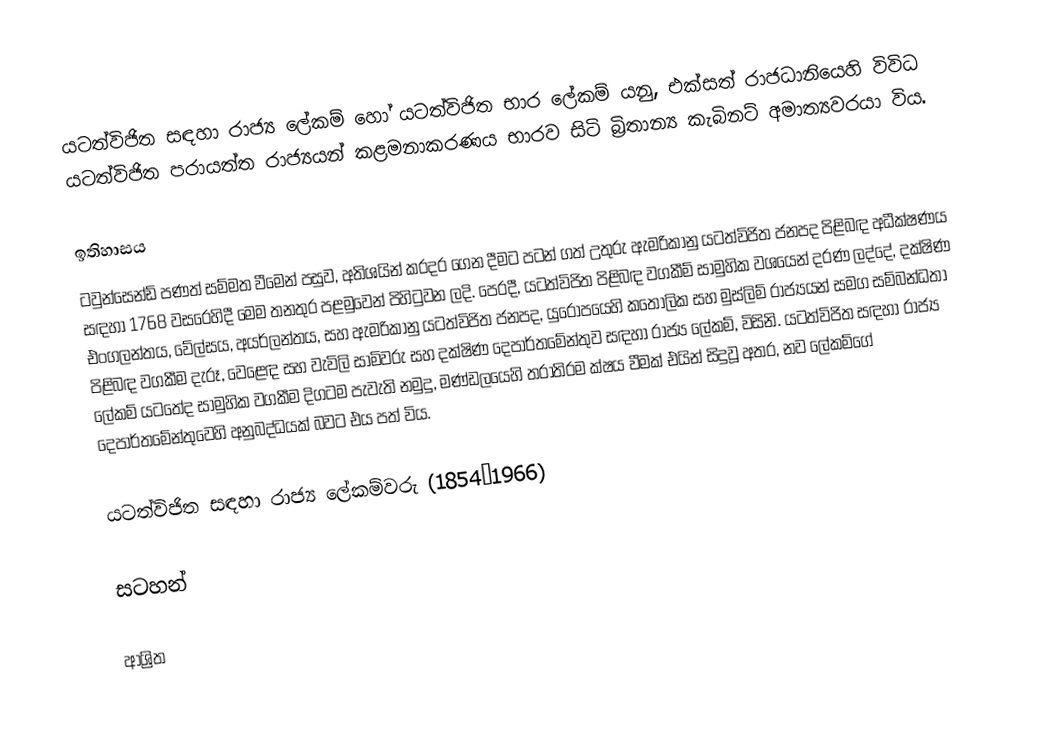
යටත්විජිත සඳහා රාජ්‍ය ලේකම් හෝ  යටත්විජිත භාර ලේකම් යනු,  එක්සත් රාජධානියෙහි විවිධ යටත්විජිත පරායත්ත රාජ්‍යයන් කළමනාකරණය භාරව සිටි බ්‍රිතාන්‍ය කැබිනට් අමාත්‍යවරයා විය.

ඉතිහාසය
ටවුන්සෙන්ඩ් පණත් සම්මත වීමෙන් පසුව, අතිශයින් කරදර ගෙන දීමට පටන් ගත් උතුරු ඇමරිකානු යටත්විජිත ජනපද පිළිබඳ අධීක්ෂණය සඳහා 1768 වසරෙහිදී මෙම තනතුර පළමුවෙන් පිහිටුවන ලදි. පෙරදී, යටත්විජිත පිළිබඳ වගකීම් සාමුහික වශයෙන් දරණ ලද්දේ,   දක්ෂිණ එංගලන්තය, වේල්සය, අයර්ලන්තය, සහ ඇමරිකානු යටත්විජිත ජනපද, යුරෝපයෙහි කතෝලික සහ මුස්ලිම් රාජ්‍යයන්  සමග සම්බන්ධතා පිළිබඳ වගකීම දැරූ, වෙළෙඳ සහ වැවිලි සාමිවරු සහ  දක්ෂිණ දෙපාර්තමේන්තුව සඳහා රාජ්‍ය ලේකම්, විසිනි. යටත්විජිත සඳහා රාජ්‍ය ලේකම් යටතේද සාමුහික වගකීම දිගටම පැවැති නමුදු, මණ්ඩලයෙහි තරාතිරම ක්ෂය වීමක් එයින් සිදුවූ අතර, නව ලේකම්ගේ දෙපාර්තමේන්තුවෙහි අනුබද්ධයක් බවට එය පත් විය.

යටත්විජිත සඳහා රාජ්‍ය ලේකම්වරු (1854–1966)

සටහන්

ආශ්‍රිත